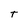
Character: T